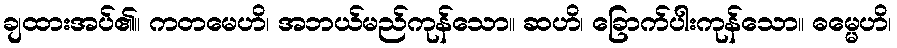
ချထားအပ်၏။ ကတမေဟိ၊ အဘယ်မည်ကုန်သော။ ဆဟိ၊ ခြောက်ပါးကုန်သော။ ဓမ္မေဟိ၊